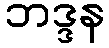
ဘဒ္ဒန